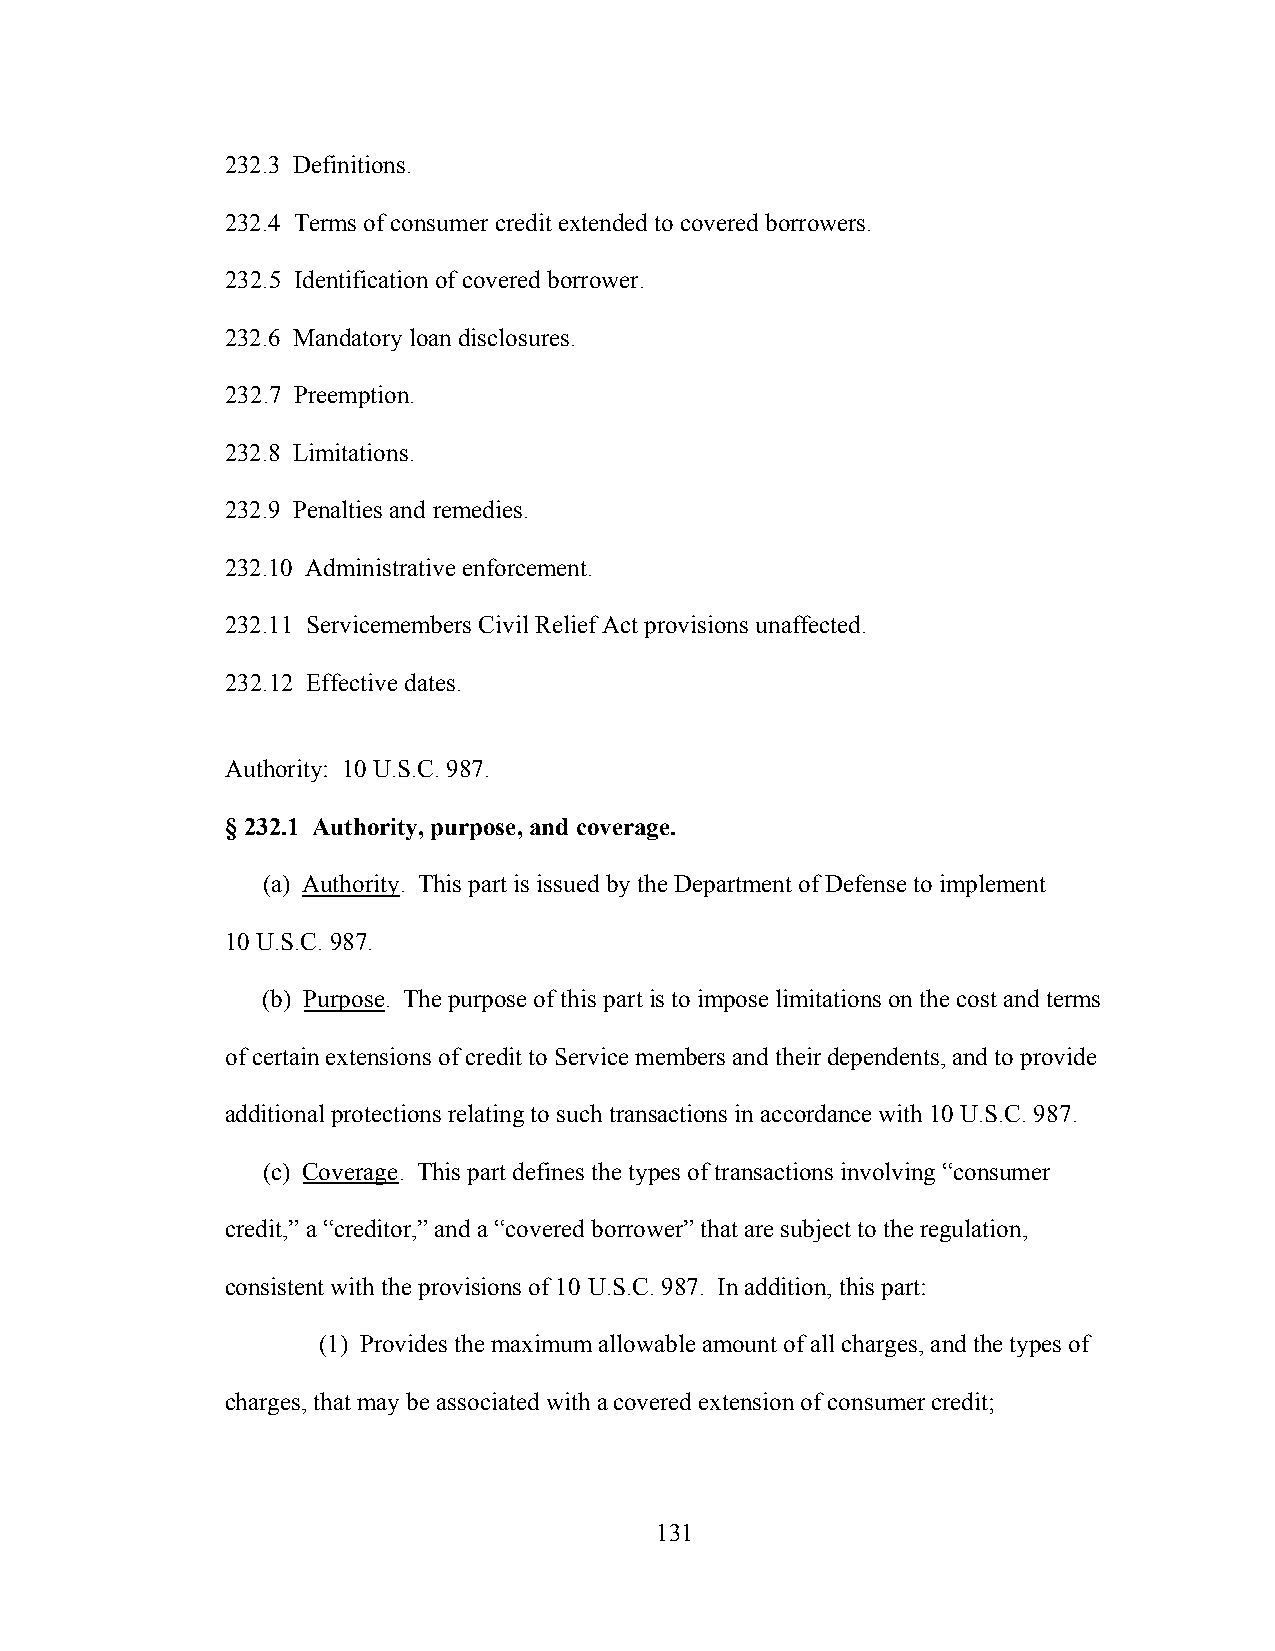
232.3 Definitions.
 232.4 Terms of consumer credit extended to covered borrowers.
 232.5 Identification of covered borrower.
 232.6 Mandatory loan disclosures.
 232.7 Preemption.
 232.8 Limitations.
 232.9 Penalties and remedies.
 232.10 Administrative enforcement.
 232.11 Servicemembers Civil Relief Act provisions unaffected.
 232.12 Effective dates.
 Authority: 10 U.S.C. 987.
 § 232.1 Authority, purpose, and coverage.
 (a) Authority. This part is issued by the Department of Defense to implement
 10 U.S.C. 987.
 (b) Purpose. The purpose of this part is to impose limitations on the cost and terms
 of certain extensions of credit to Service members and their dependents, and to provide
 additional protections relating to such transactions in accordance with 10 U.S.C. 987.
 (c) Coverage. This part defines the types of transactions involving “consumer
 credit,” a “creditor,” and a “covered borrower” that are subject to the regulation,
 consistent with the provisions of 10 U.S.C. 987. In addition, this part:
 (1) Provides the maximum allowable amount of all charges, and the types of
 charges, that may be associated with a covered extension of consumer credit;
 131